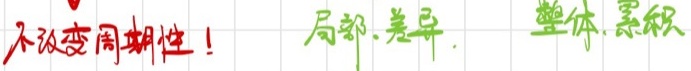
不改变周期性！ 局部.差异. 整体.累积